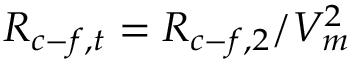
R _ { c - f , t } = R _ { c - f , 2 } / V _ { m } ^ { 2 }